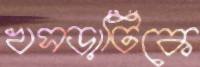
খসড়াটিকে